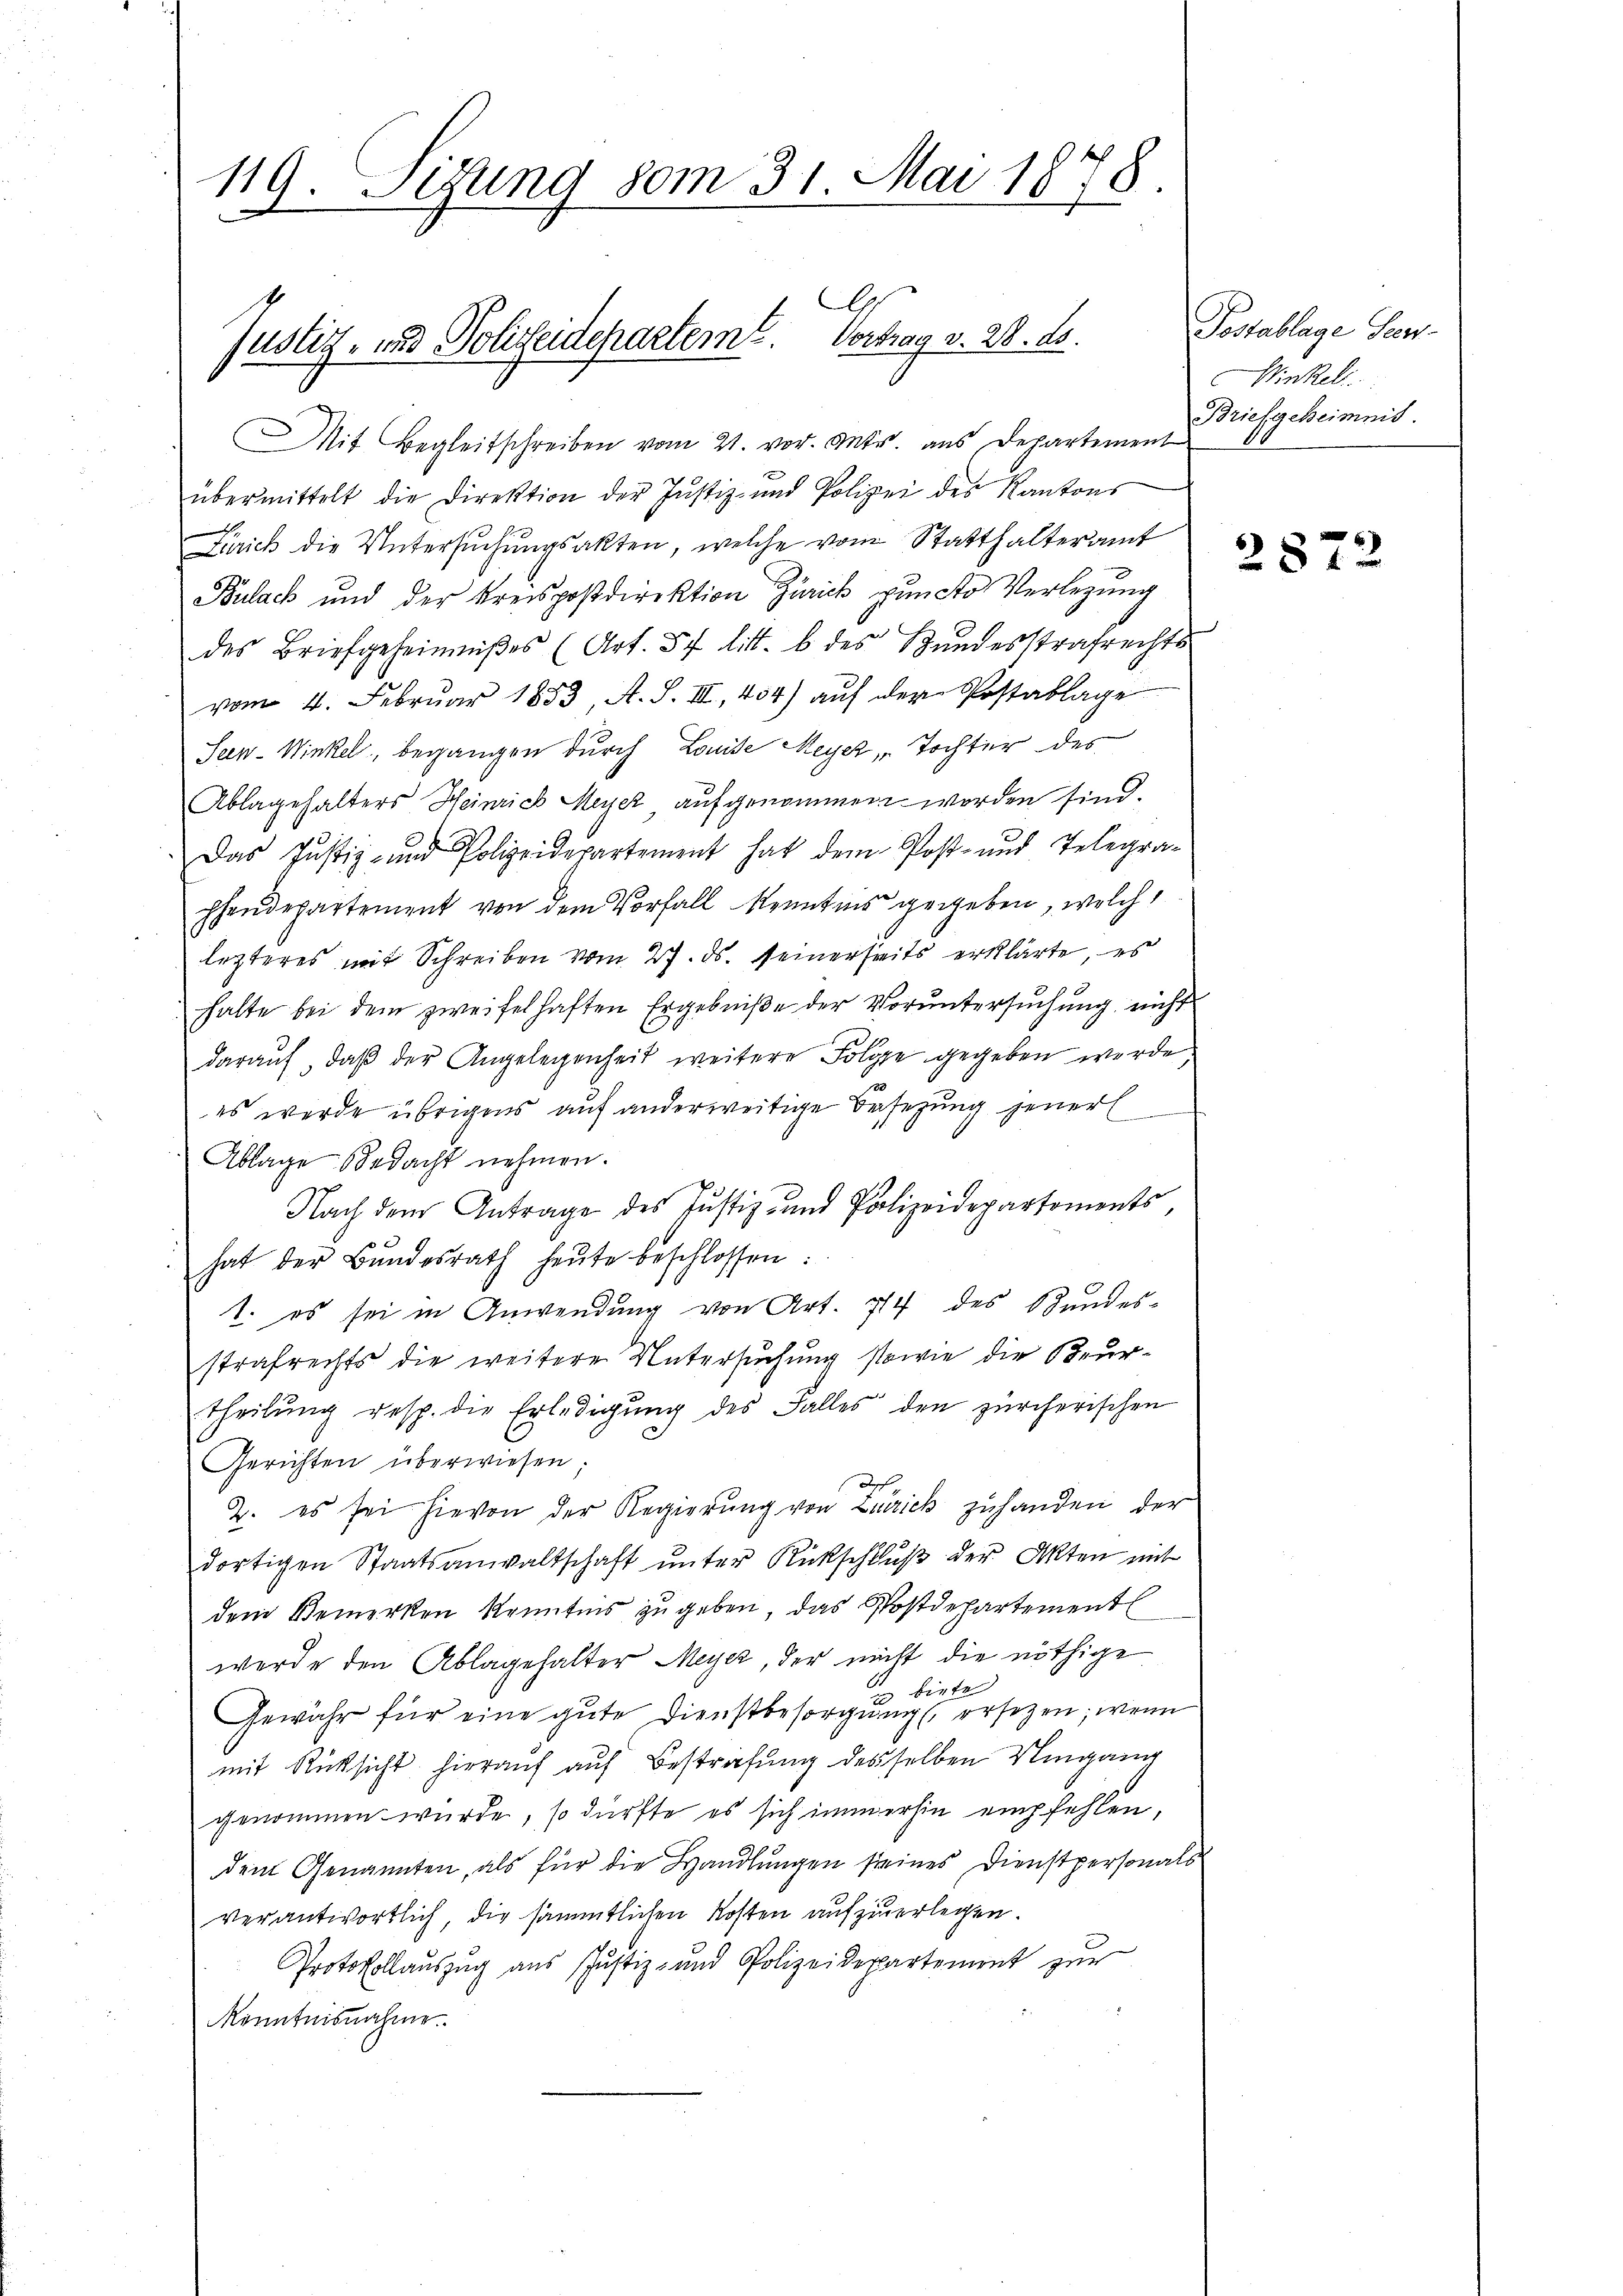
119. Setzung 80m 31. Mai 1878.

A
Justiz- und Polizeideparteme. Vortrag v. 28. ds.

Mit Begleitschreiben vom 21. vor. Mts. aus Departement
übermittelt die Direktion der Justiz- und Polizei des Kantons
Zürich die Untersŭchŭngsakten, welche vom Statthalteramt
Bulack und der Kreispostdirektion Zürich puncto Verlegung
des Briefgeheimnißes (Art. 57 litt. b des Bundesstrafrechts
vom 4. Februar 1853 A. S. III, 454) auf der Postablage
Seen-Winkel, begangen durch Louise Meyer, Tochter des
Ablagehalters Heinrich Meyer aufgenommen worden sind.
Das Justiz- und Polizeidepartement hat dem Post- und Telegra-
hhendepartement von dem Vorfall kenntens gegeben, welch
lezteres mit Schreiben vom 27. ds. seinerseits erklärte, es
halte bei dem zweifelhaften Ergebniße der Vorŭntersŭchŭng nicht
daraŭf, daβ der Angelegenheit weitere Folge gegeben werde
es werde übrigens auf anderweitige Besetzung jener
Ablage bedacht nehmen.
Nach dem Antrage des Justiz- und Polizeidepartements
hat der Bŭndesrath heŭte beschlossen:
1. es sei in Anwendung von Art. 714 des Bundes-
strafrechts die weitere Untersuchung sowie die Beurtheilung resp. die Erledigung des Falles den zürcherischen
Gerichten überwiesen;
Ich
2. es sei hievon der Regierung von Zürick zuhanden der
dortigen Staatsanwaltschaft unter Rückschluß der Akten mit
dem Bemerken konntens zu geben, das Postdepartement
werde den Ablagehalter Meyer, der nicht die nöthige
 biete
Gewähr für eine gute Dienstbesorgung ersetzen; wenn
mit Rücksicht hierauf auf Bestrafung desselben Umgang
genommen wurde, so dürfte es sich immerhin empfehlen,
dem Genannten, als für die Handlungen seines Dienstpersonals
verantwortlich, die sämmtlichen Kosten aufzuerlegen.
Protokollauszug aus Justiz- und Polizeidepartement zur
Kenntnisnahme.

Postablage Ser¬
Winkell
Briefgeheimnis.

2872